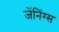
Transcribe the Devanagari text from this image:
जेंनिंग्स